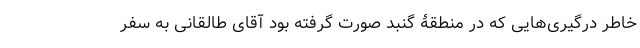
خاطر درگیری‌هایی که در منطقۀ گنبد صورت گرفته بود آقای طالقانی به سفر